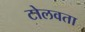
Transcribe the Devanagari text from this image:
टोलवता